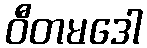
ဝီတမဒေါ